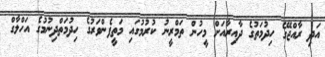
އަދި ރާއްޖޭގެ ހިދުމަތުގެ ދާއިރާއަށް މީހުން ތަމްރީނު ކުރުމުގައި މަތީފެންވަރުގެ ހިދުމަތްދިނުމުގެ އަހްލާގް